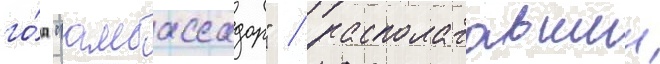
го́д "амбассадор" / располагавшии